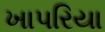
ખાપરિયા